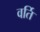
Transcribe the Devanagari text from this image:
वर्ति